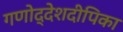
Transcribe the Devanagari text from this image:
गणोद्देशदीपिका